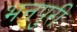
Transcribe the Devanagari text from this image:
भनपुरी